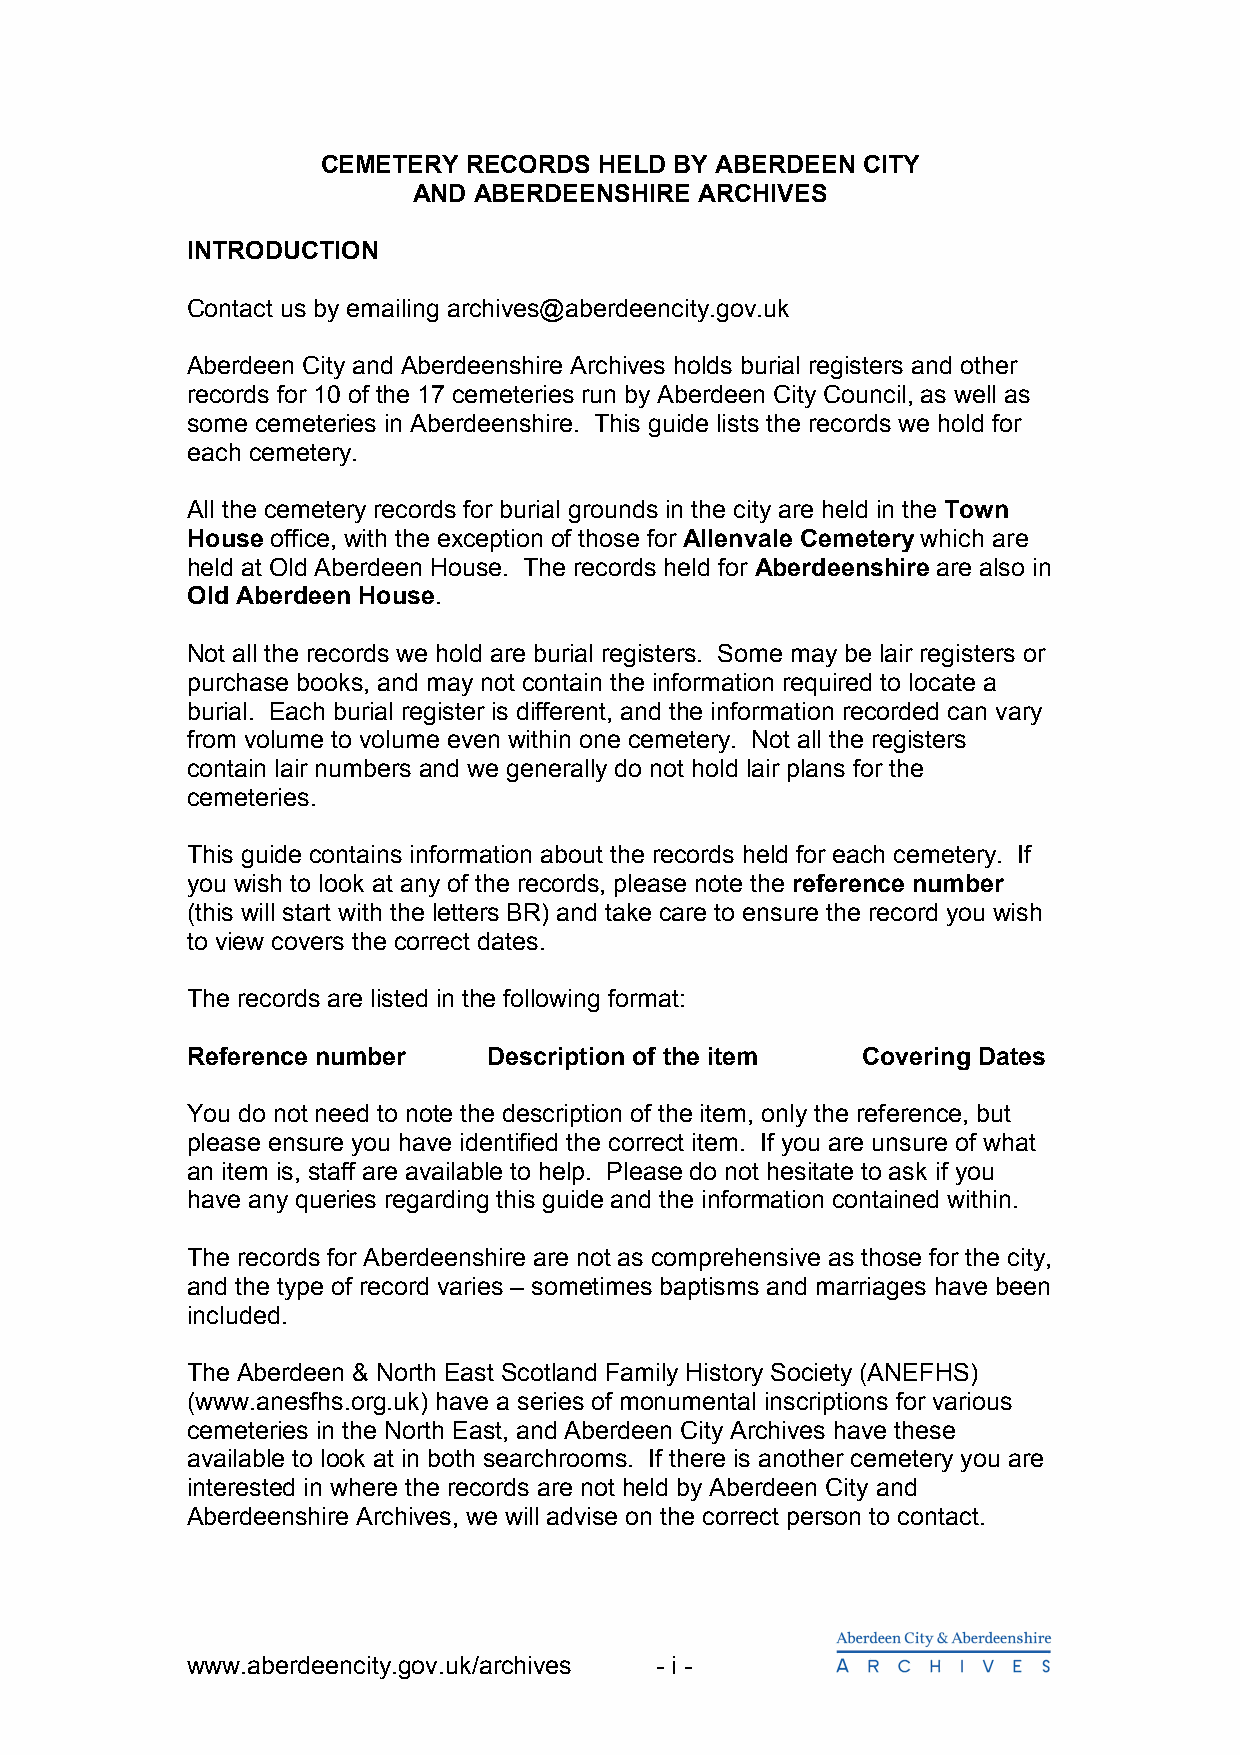
CEMETERY  RECORDS  HELD BY ABERDEEN CITY
 AND ABERDEENSHIRE  ARCHIVES
 INTRODUCTION
 Contact us by emailing archives@aberdeencity.gov.uk
 Aberdeen City and Aberdeenshire Archives holds burial registers and other
 records for 10 of the 17 cemeteries run by Aberdeen City Council, as well as
 some cemeteries in Aberdeenshire. This guide lists the records we hold for
 each cemetery.
 All the cemetery records for burial grounds in the city are held in the Town
 House office, with the exception of those for Allenvale Cemetery which are
 held at Old Aberdeen House. The records held for Aberdeenshire are also in
 Old Aberdeen House.
 Not all the records we hold are burial registers. Some may be lair registers or
 purchase books, and may not contain the information required to locate a
 burial. Each burial register is different, and the information recorded can vary
 from volume to volume even within one cemetery. Not all the registers
 contain lair numbers and we generally do not hold lair plans for the
 cemeteries.
 This guide contains information about the records held for each cemetery. If
 you wish to look at any of the records, please note the reference number
 (this will start with the letters BR) and take care to ensure the record you wish
 to view covers the correct dates.
 The records are listed in the following format:
 Reference number    Description of the item  Covering Dates
 You do not need to note the description of the item, only the reference, but
 please ensure you have identified the correct item. If you are unsure of what
 an item is, staff are available to help. Please do not hesitate to ask if you
 have any queries regarding this guide and the information contained within.
 The records for Aberdeenshire are not as comprehensive as those for the city,
 and the type of record varies – sometimes baptisms and marriages have been
 included.
 The Aberdeen & North East Scotland Family History Society (ANEFHS)
 (www.anesfhs.org.uk) have a series of monumental inscriptions for various
 cemeteries in the North East, and Aberdeen City Archives have these
 available to look at in both searchrooms. If there is another cemetery you are
 interested in where the records are not held by Aberdeen City and
 Aberdeenshire Archives, we will advise on the correct person to contact.
 www.aberdeencity.gov.uk/archives - i -